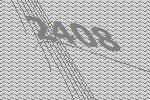
2408